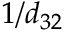
1 / d _ { 3 2 }